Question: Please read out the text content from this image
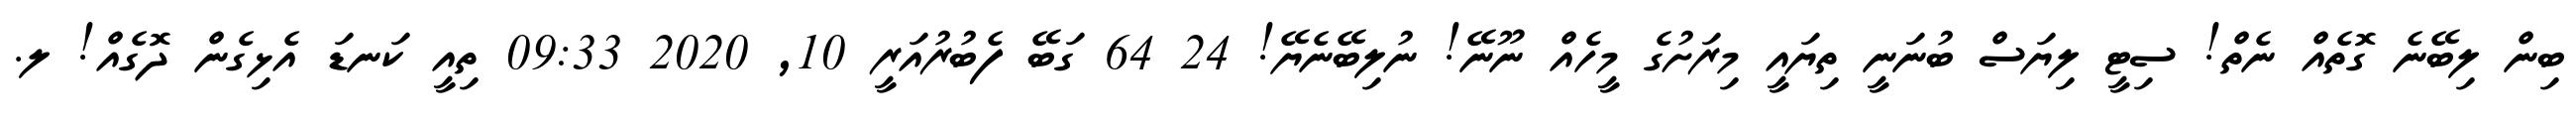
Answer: ބިން ލިބޭނެ ގޮތެއް ނެތް! ސިޓީ ލިޔަސް ބުނަނީ ތިޔައީ މިރަށުގެ މީހެއް ނޫނޭ! ނުލިބޭނެޔޭ! 24 64 ގަބޭ ފެބުރުއަރީ 10, 2020 09:33 ތިއީ ކަނޑަ އެޅިގެން ދޮގެއް! ލ.